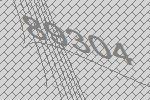
89304